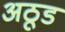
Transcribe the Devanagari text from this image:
अठूडं